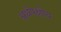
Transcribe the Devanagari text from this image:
अर्धपक्षीय